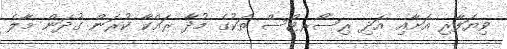
ވިޔަފާރި އަށާއި އަދި ރިސޯރޓްސް ތަކުގެ މުދާ ރައްކާ ކުރަން ގުދަން މާލެ